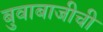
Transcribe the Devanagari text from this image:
बुवाबाजीची